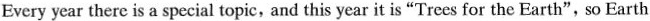
Every year there is a special topic, and this year it is "Trees for the Earth",so Earth